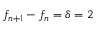
f _ { n + 1 } - f _ { n } = \delta = 2